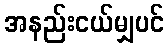
အနည်းငယ်မျှပင်